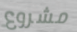
مشروع